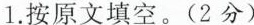
1.按原文填空。(2分)